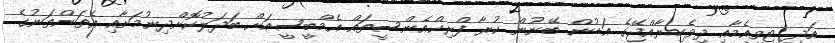
އަދި ޓީވީއެމާއި ދިވެހިރާއްޖޭގެ އަޑުން ބޭނުން ކުރާ ފްރިކްއެންސީތައް އެމްބީސީއަށް ބަދަލުކޮށްދިނުމަށާއި އެތަންތަނުގެ